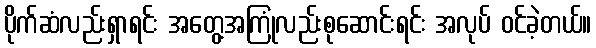
ပိုက်ဆံလည်းရှာရင်း အတွေ့အကြုံလည်းစုဆောင်းရင်း အလုပ် ဝင်ခဲ့တယ်။